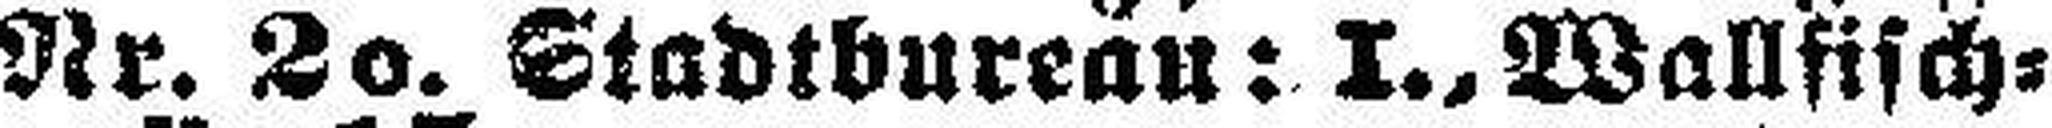
Nr. 20. Stadtburean: I., Wallfisch¬